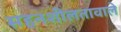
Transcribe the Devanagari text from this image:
सहनशीलतावाले